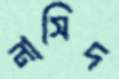
নাসিদ